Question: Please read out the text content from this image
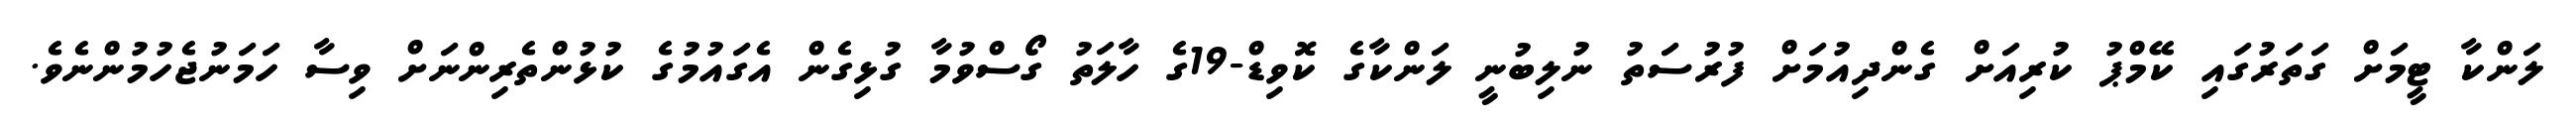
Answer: ލަންކާ ޓީމަށް ގަތަރުގައި ކޭމްޕު ކުރިއަށް ގެންދިއުމަށް ފުރުސަތު ނުލިބުނީ ލަންކާގެ ކޮވިޑް-19ގެ ހާލަތު ގޯސްވުމާ ގުޅިގެން އެގައުމުގެ ކުޅުންތެރިންނަށް ވިސާ ހަމަނުޖެހުމުންނެވެ.